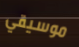
موسيقي